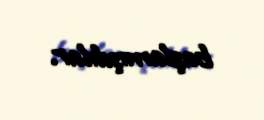
başlamışdılar.